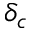
\delta _ { c }